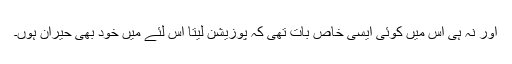
اور نہ ہی اس میں کوئی ایسی خاص بات تھی کہ پوزیشن لیتا اس لئے میں خود بھی حیران ہوں۔